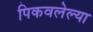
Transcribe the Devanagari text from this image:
पिकवलेल्या